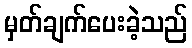
မှတ်ချက်ပေးခဲ့သည်